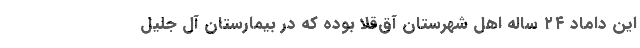
این داماد ۲۴ ساله اهل شهرستان آق‌قلا بوده که در بیمارستان آل جلیل